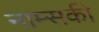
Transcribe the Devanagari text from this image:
नाम्सकी